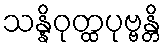
သန္နိဝုတ္ထပုဗ္ဗန္တိ